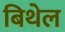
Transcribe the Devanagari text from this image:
बिथेल